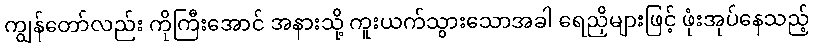
ကျွန်တော်လည်း ကိုကြီးအောင် အနားသို့ ကူးယက်သွားသောအခါ ရေညှိများဖြင့် ဖုံးအုပ်နေသည့်